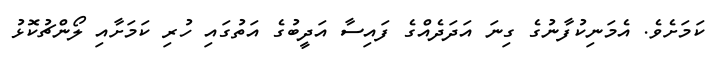
ކަމަށެވެ. އެމަނިކުފާނުގެ ގިނަ އަދަދެއްގެ ފައިސާ އަދީބުގެ އަތުގައި ހުރި ކަމަށާއި ލޯންޗުކޮޅު